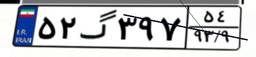
۹۹گ۵۰۵۰۹